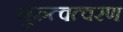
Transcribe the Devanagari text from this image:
गुरुत्वत्वरण